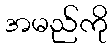
အမည်ကို